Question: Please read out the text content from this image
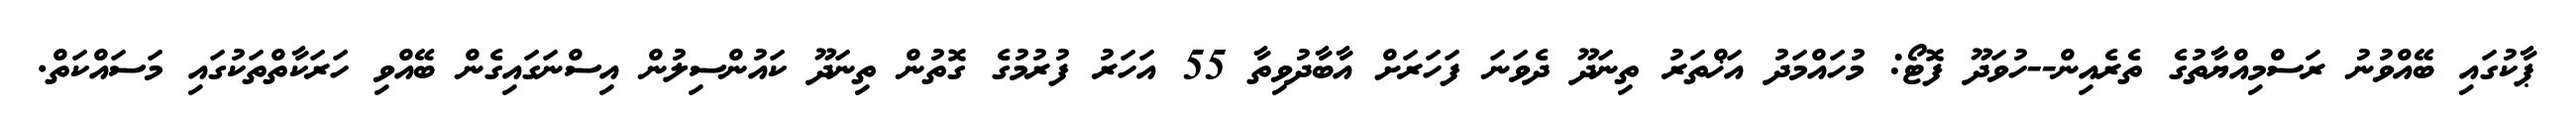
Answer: ޕާކުގައި ބޭއްވުނު ރަސްމިއްޔާތުގެ ތެރެއިން--ހުވަދޫ ފޮޓޯ: މުހައްމަދު އަޚްތަރު ތިނަދޫ ދެވަނަ ފަހަރަށް އާބާދުވިތާ 55 އަހަރު ފުރުމުގެ ގޮތުން ތިނަދޫ ކައުންސިލުން އިސްނަގައިގެން ބޭއްވި ހަރަކާތްތަކުގައި މަސައްކަތް.